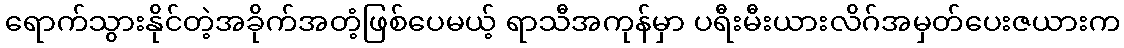
ရောက်သွားနိုင်တဲ့အခိုက်အတံ့ဖြစ်ပေမယ့် ရာသီအကုန်မှာ ပရီးမီးယားလိဂ်အမှတ်ပေးဇယားက